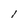
Character: l